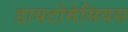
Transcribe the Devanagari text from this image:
डायटोमेसियस